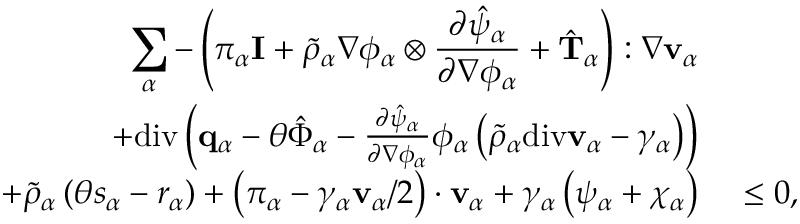
\begin{array} { r l } { \displaystyle \sum _ { \alpha } - \left( \pi _ { \alpha } \mathbf { I } + \tilde { \rho } _ { \alpha } \nabla \phi _ { \alpha } \otimes \frac { \partial \hat { \psi } _ { \alpha } } { \partial \nabla \phi _ { \alpha } } + \hat { \mathbf { T } } _ { \alpha } \right) : \nabla \mathbf { v } _ { \alpha } } & { } \\ { + \mathrm { d i v } \left( \mathbf { q } _ { \alpha } - \theta \hat { \boldsymbol { \Phi } } _ { \alpha } - \frac { \partial \hat { \psi } _ { \alpha } } { \partial \nabla \phi _ { \alpha } } \phi _ { \alpha } \left( \tilde { \rho } _ { \alpha } \mathrm { d i v } \mathbf { v } _ { \alpha } - \gamma _ { \alpha } \right) \right) } & { } \\ { + \tilde { \rho } _ { \alpha } \left( \theta s _ { \alpha } - r _ { \alpha } \right) + \left( \boldsymbol { \pi } _ { \alpha } - \gamma _ { \alpha } \mathbf { v } _ { \alpha } / 2 \right) \cdot \mathbf { v } _ { \alpha } + \gamma _ { \alpha } \left( \psi _ { \alpha } + \chi _ { \alpha } \right) } & { ~ \leq 0 , } \end{array}